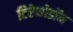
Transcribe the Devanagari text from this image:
टिरेनोडॉन